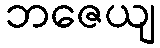
ဘဇေယျ